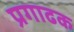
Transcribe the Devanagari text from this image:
प्रगाढक